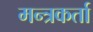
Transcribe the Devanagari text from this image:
मन्त्रकर्ता